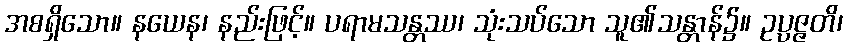
အစရှိသော။ နယေန၊ နည်းဖြင့်။ ပရာမသန္တဿ၊ သုံးသပ်သော သူ၏သန္တာန်၌။ ဥပ္ပဇ္ဇတိ၊